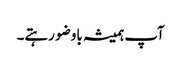
آپ ہمیشہ باوضو رہتے۔